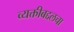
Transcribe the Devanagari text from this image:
व्यक्तीबद्दलचा